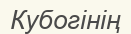
Кубогінің